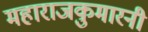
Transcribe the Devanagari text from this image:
महाराजकुमारनी